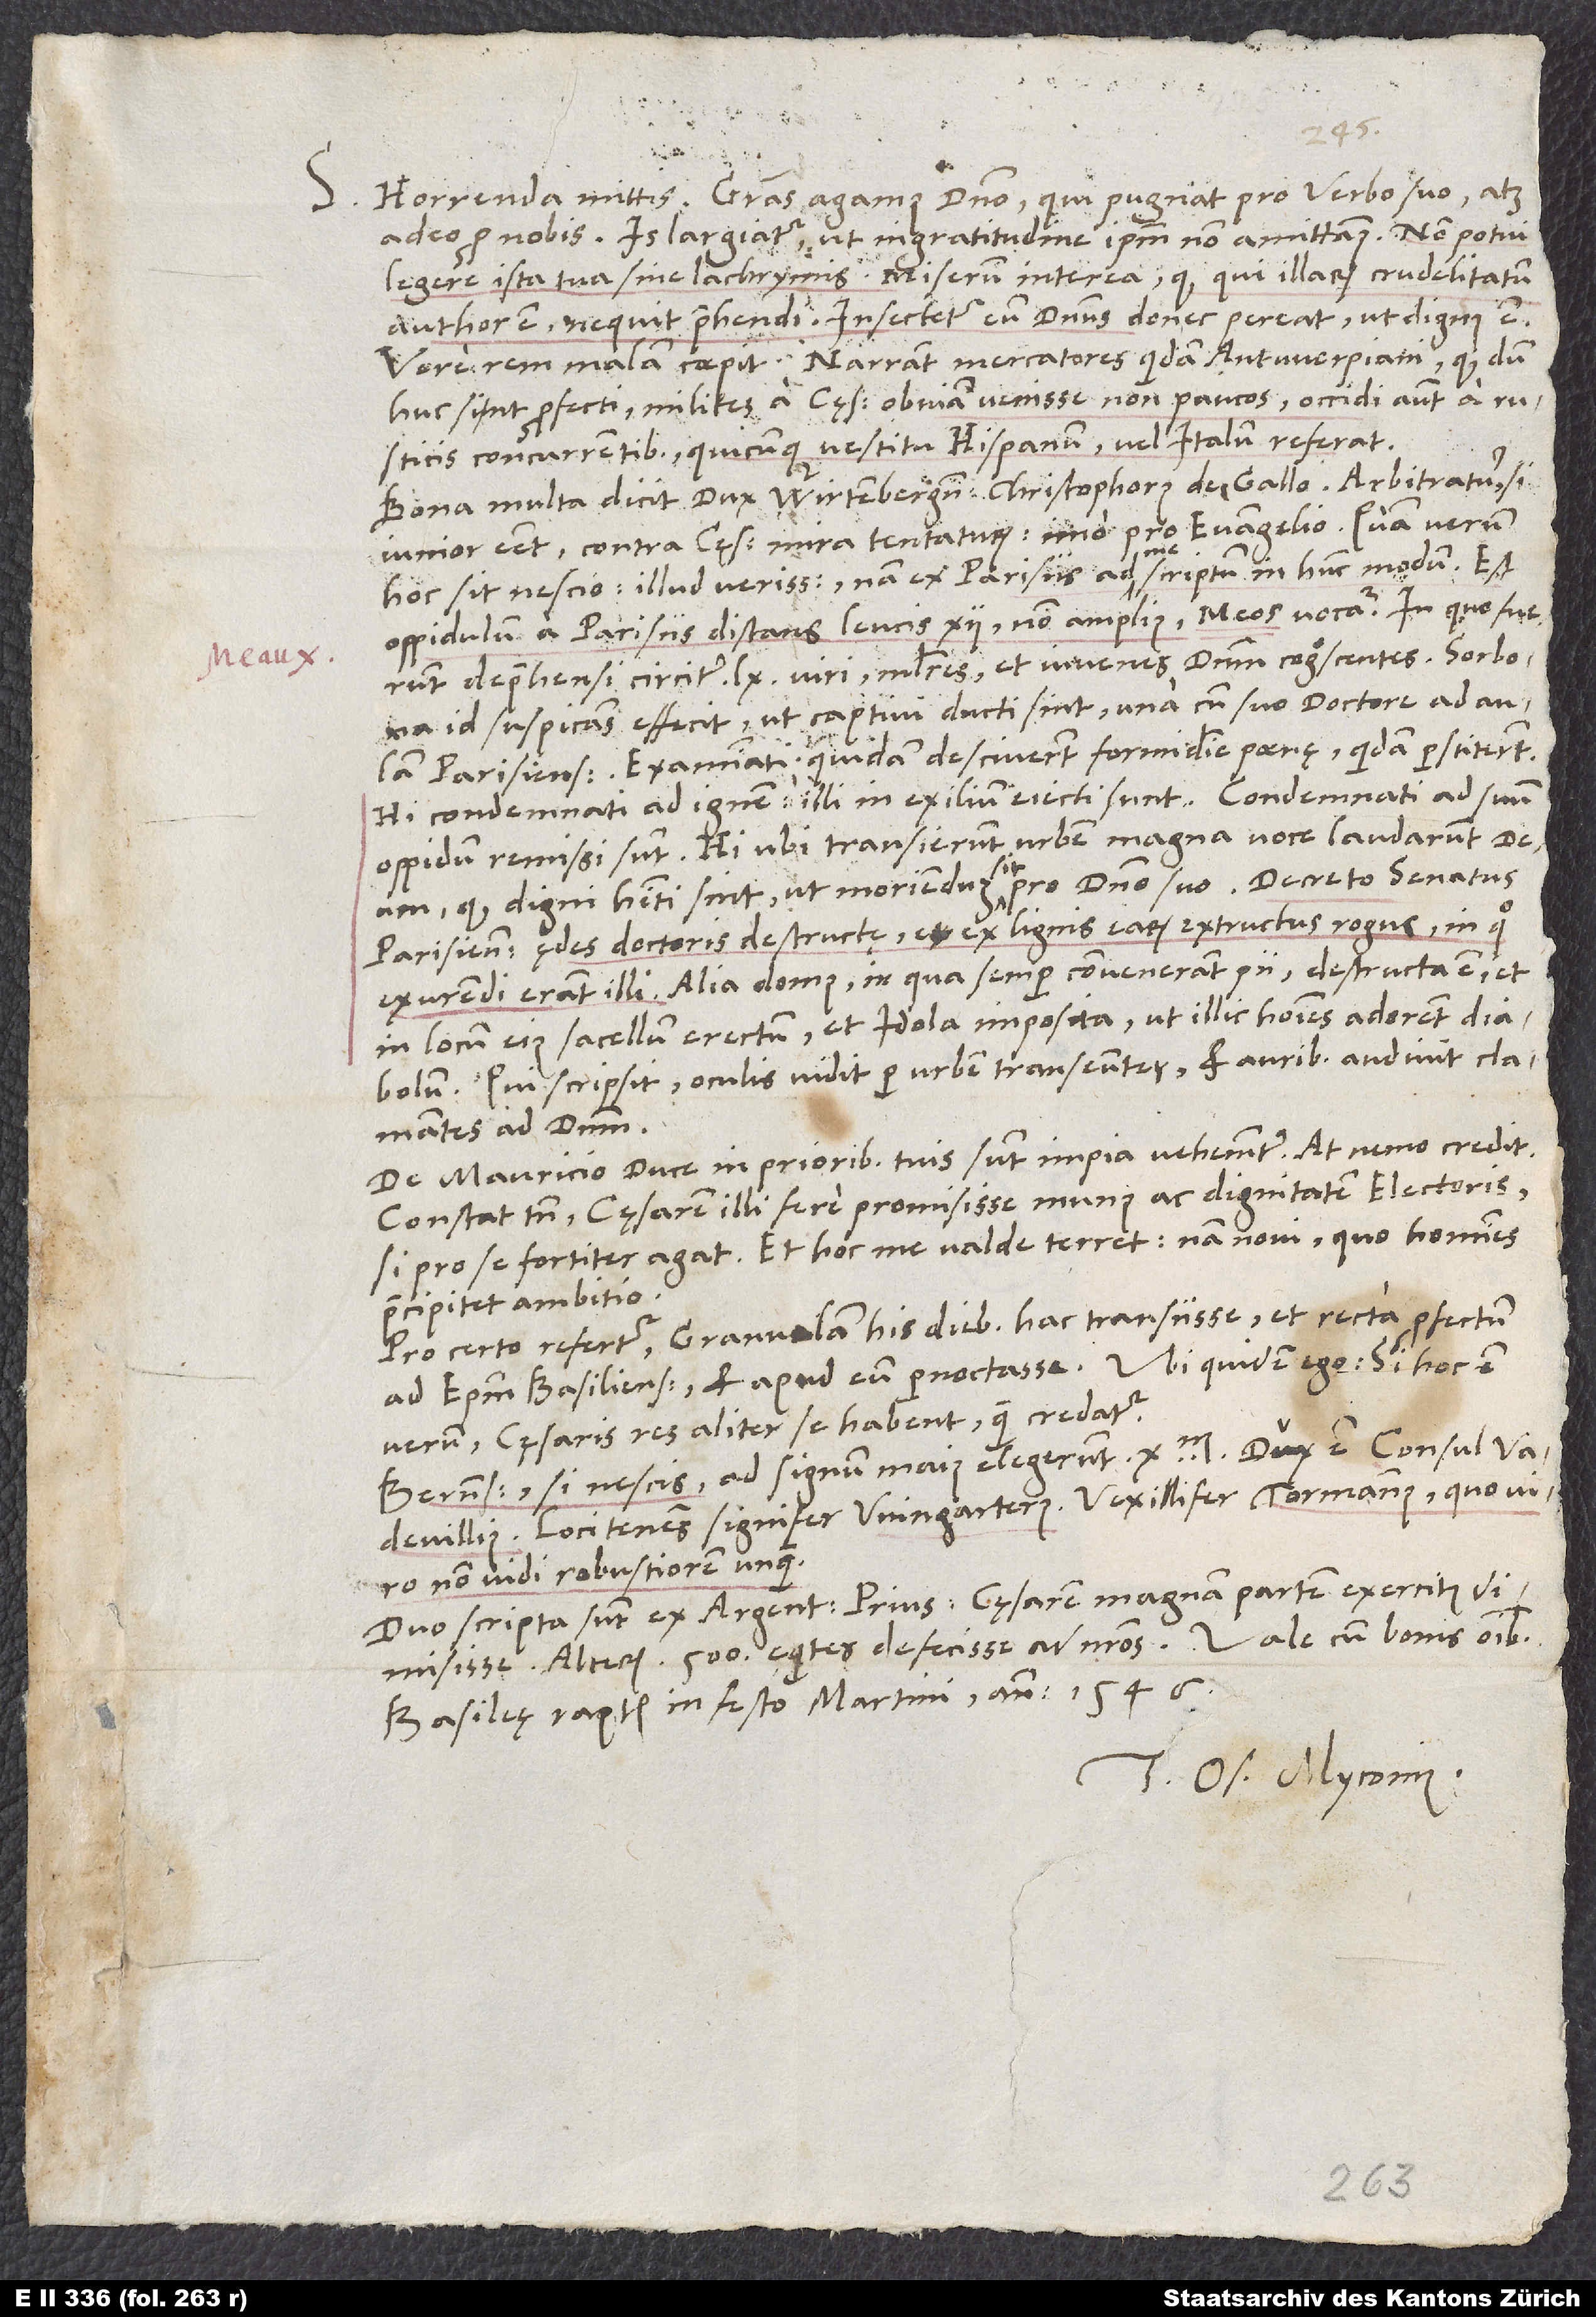
S. Horrenda mittis! Gratias agamus domino, qui pugnat pro verbo suo atque
adeo pro nobis. Is largiatur, ut ingratitudine ipsum non amittamus. Non potui
legere ista tua sine lachrymis. Miserum interea, quod, qui illarum crudelitatum
author est, nequit prehendi! Insectetur eum dominus, donec pereat, ut dignus est!
huc sint profecti, milites a cęsare obviam venisse non paucos; occidi autem a rusticis
concurrentibus quicunque vestitu Hispanum vel Italum referat.
Bona multa dicit dux Wirtembergensis Christophorus de Gallo. Arbitratur, si
iunior esset, contra cęsarem mira tentaturum, imo pro evangelio. Quam verum
hoc sit, nescio. Illud verissimum, nam ex Parisiis ad me scriptum in hunc modum: Est
oppidulum a Parisiis distans leucis 12, non amplius. Meos vocatur. In quo fuerunt
deprehensi circiter 60 viri, mulieres et iuvenes dominum cognoscentes. Sorbona
id suspicans effecit, ut captivi ducti sint una cum suo doctore ad aulam
Parisiensem. Examinati quidam desciverunt formidine poenę, quidam perstiterunt.
Hi condemnati ad ignem, illi in exilium eiecti sunt. Condemnati ad suum
oppidum remissi sunt. Hi, ubi transierunt urbem, magna voce laudarunt deum,
quod digni habiti sint, ut moriendum sit pro domino suo. Decreto senatus
Parisiensis ędes doctoris destructę et ex lignis earum extructus rogus, in quo
exurendi erant illi. Alia domus, in qua semper convenerant pii, destructa est et
in locum eius sacellum erectum et idola imposita, ut illic homines adorent diabolum.
Qui scripsit, oculis vidit per urbem transeuntes et auribus audivit clamantes
ad dominum.
De Mauricio duce in prioribus tuis sunt impia vehementer, at nemo credit!
Constat tamen cęsarem illi fere promisisse munus ac dignitatem electoris,
si pro se fortiter agat. Et hoc me valde terret, nam novi, quo homines
praecipitet ambitio.
Pro certo refertur Granvelam his diebus hac transiisse et recta profectum
ad episcopum Basiliensem et apud eum pernoctasse. Ubi quidem ego: Si hoc est
verum, cęsaris res aliter se habent, quam credatur.
Bernenses, si nescis, ad signum maius elegerunt 10’000. Dux est consul
Vadevillius; loci tenens signifer Wingarterus; vexillifer Tormannus, quo viro
non vidi robustiorem unquam.
Duo scripta sunt ex Argentina. Prius: Cęsarem magnam partem exercitus dimisisse;
Basileę raptim, in festo Martini anno 1546.
Tuus Os. Myconius.